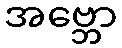
အဗ္ဘော